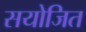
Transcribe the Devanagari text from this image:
सयोजित